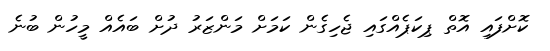
ކޮށްފައި އޮތް ޕިކަޕެއްގައި ޖެހިގެން ކަމަށް މަންޒަރު ދުށް ބައެއް މީހުން ބުނެ